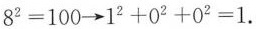
8^{2}=100 \rightarrow 1^{2}+0^{2}+0^{2}=1 .